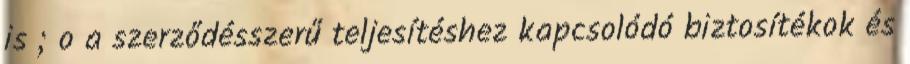
is ; o a szerződésszerű teljesítéshez kapcsolódó biztosítékok és